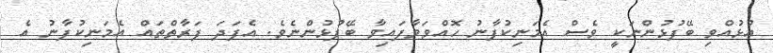
އުޅުއްވި ބޭފުޅުންނަކީ ވެސް އެމަނިކުފާނު ހޮއްވަވާފައިވާ ބޭފުޅުންނެވެ. އެފަދަ ފަރާތްތައް އެމަނިކުފާނު އެ